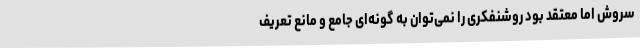
سروش اما معتقد بود روشنفکری را نمی‌توان به گونه‌ای جامع و مانع تعریف